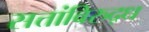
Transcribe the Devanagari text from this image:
सत्तांविरुद्ध